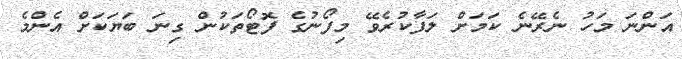
އަންނަ މަހު ނެރޭނެ ކަމަށް ލަފާކުރެވޭ މިފޯނުގެ ފޮޓޯތަކުން ގިނަ ބަޔަކަށް އެންމެ